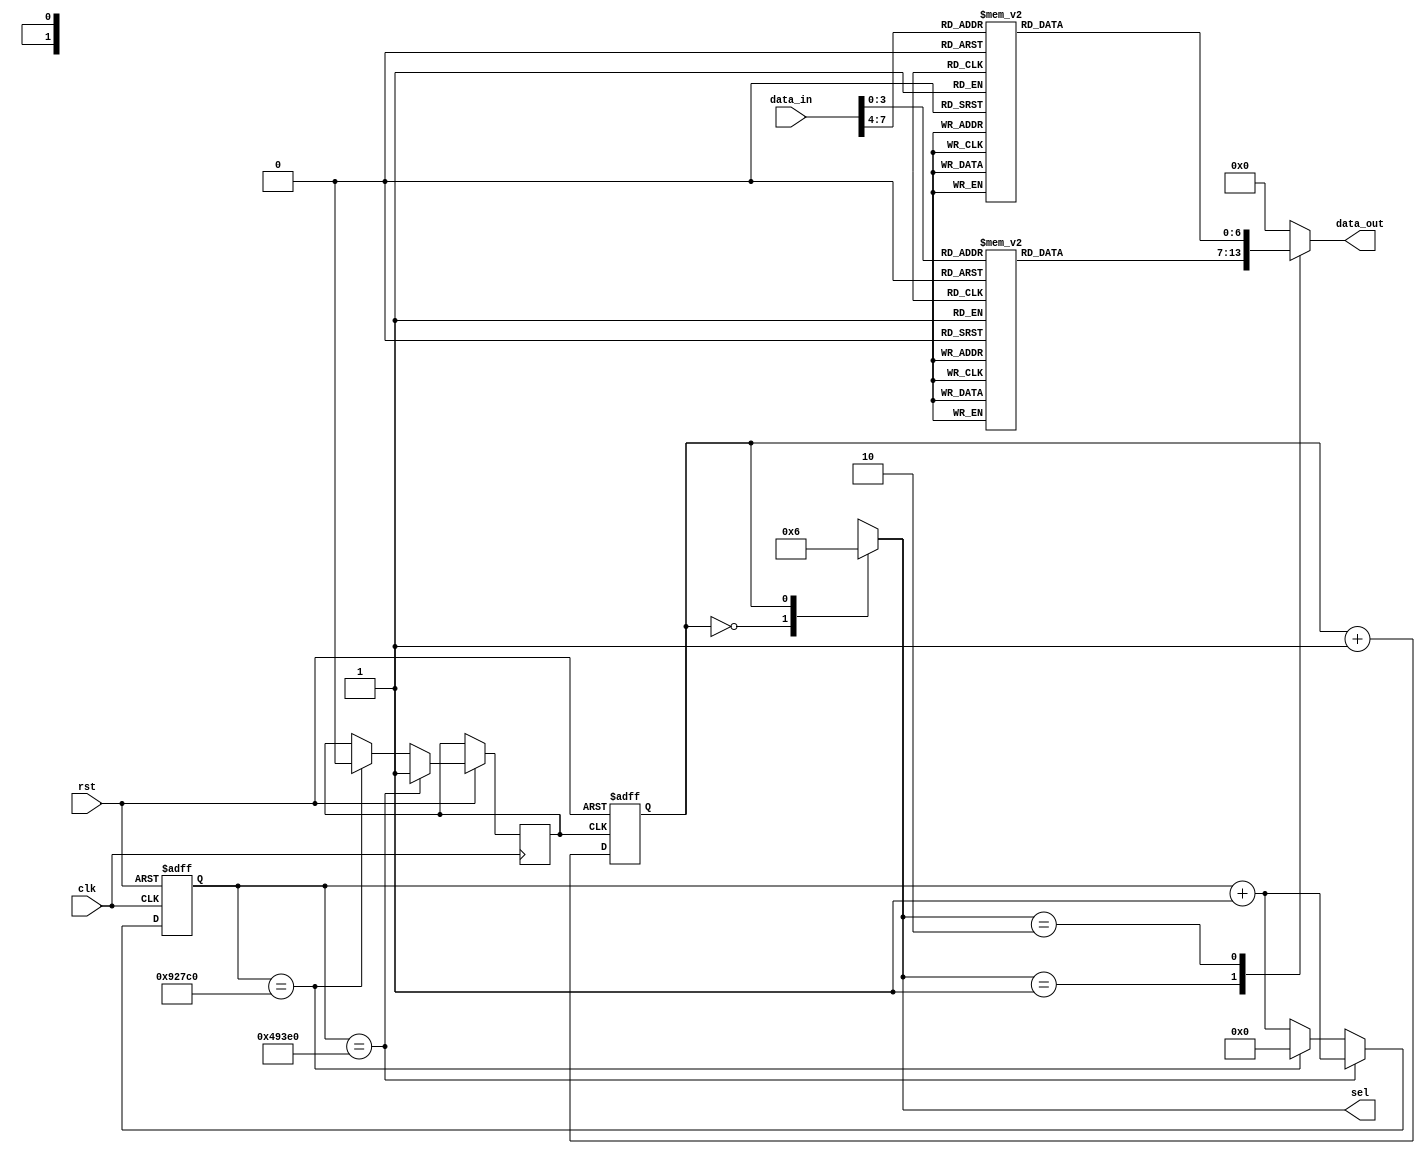
`timescale 1 ns / 10 ps

module display(clk, rst, data_in, sel, data_out);
    input clk;
    wire clk;
    input rst;
    wire rst;
    input [7 : 0] data_in;
    wire [7 : 0] data_in;
    
    output [1 : 0] sel;
    wire [1 : 0] sel;
    output [6 : 0] data_out;
    reg [6 : 0] data_out;
    
    reg clkout;
    reg [19 : 0] cnt;
    reg scan_cnt;
    reg [6 : 0] date_out_r1;
    reg [6 : 0] date_out_r2;
    reg [1 : 0] sel_r;

    always @(posedge clk or negedge rst)
        begin 
            if (!rst)
                cnt <= 0;
            else
            begin
                cnt <= cnt + 1;
                if (cnt == 300000)
                    clkout <= 1'b1;
                else if (cnt == 600000)
                begin
                    clkout <= 1'b0;
                    cnt <= 0;
                end
            end
        end
    
    always @(posedge clkout or negedge rst)
        begin
            if (!rst)
                scan_cnt <= 0;
            else
                scan_cnt <= scan_cnt + 1;
        end
    
    always @(*)
        begin
            case (scan_cnt)
                0: sel_r <= 2'b01;
                1: sel_r <= 2'b10;
                default: sel_r <= 2'b00;
            endcase
        end
    
    always @(*)
    begin
        case (data_in[3 : 0])
            0: date_out_r1 = 7'b0111111; // 0
            1: date_out_r1 = 7'b0000110; // 1
            2: date_out_r1 = 7'b1011011; // 2
            3: date_out_r1 = 7'b1001111; // 3
            4: date_out_r1 = 7'b1100110; // 4
            5: date_out_r1 = 7'b1101101; // 5
            6: date_out_r1 = 7'b1111101; // 6
            7: date_out_r1 = 7'b0100111; // 7
            8: date_out_r1 = 7'b1111111; // 8
            9: date_out_r1 = 7'b1100111; // 9
            10: date_out_r1 = 7'b1110111; // A
            11: date_out_r1 = 7'b1111100; // b
            12: date_out_r1 = 7'b0111001; // c
            13: date_out_r1 = 7'b1011110; // d
            14: date_out_r1 = 7'b1111001; // E
            15: date_out_r1 = 7'b1110001; // F
            default: date_out_r1 = 7'b0000000;
        endcase
        
        case (data_in[7 : 4])
            0: date_out_r2 = 7'b0111111; // 0
            1: date_out_r2 = 7'b0000110; // 1
            2: date_out_r2 = 7'b1011011; // 2
            3: date_out_r2 = 7'b1001111; // 3
            4: date_out_r2 = 7'b1100110; // 4
            5: date_out_r2 = 7'b1101101; // 5
            6: date_out_r2 = 7'b1111101; // 6
            7: date_out_r2 = 7'b0100111; // 7
            8: date_out_r2 = 7'b1111111; // 8
            9: date_out_r2 = 7'b1100111; // 9
            10: date_out_r2 = 7'b1110111; // A
            11: date_out_r2 = 7'b1111100; // b
            12: date_out_r2 = 7'b0111001; // c
            13: date_out_r2 = 7'b1011110; // d
            14: date_out_r2 = 7'b1111001; // E
            15: date_out_r2 = 7'b1110001; // F
            default: date_out_r2 = 7'b0000000;
        endcase
    end
    
    always @(*)
        case(sel_r)
            2'b01: data_out = date_out_r1;
            2'b10: data_out = date_out_r2;
            default: data_out = 7'b0000000;
        endcase
    assign sel = sel_r;
endmodule